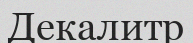
Декалитр